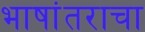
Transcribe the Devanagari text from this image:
भाषांतराचा